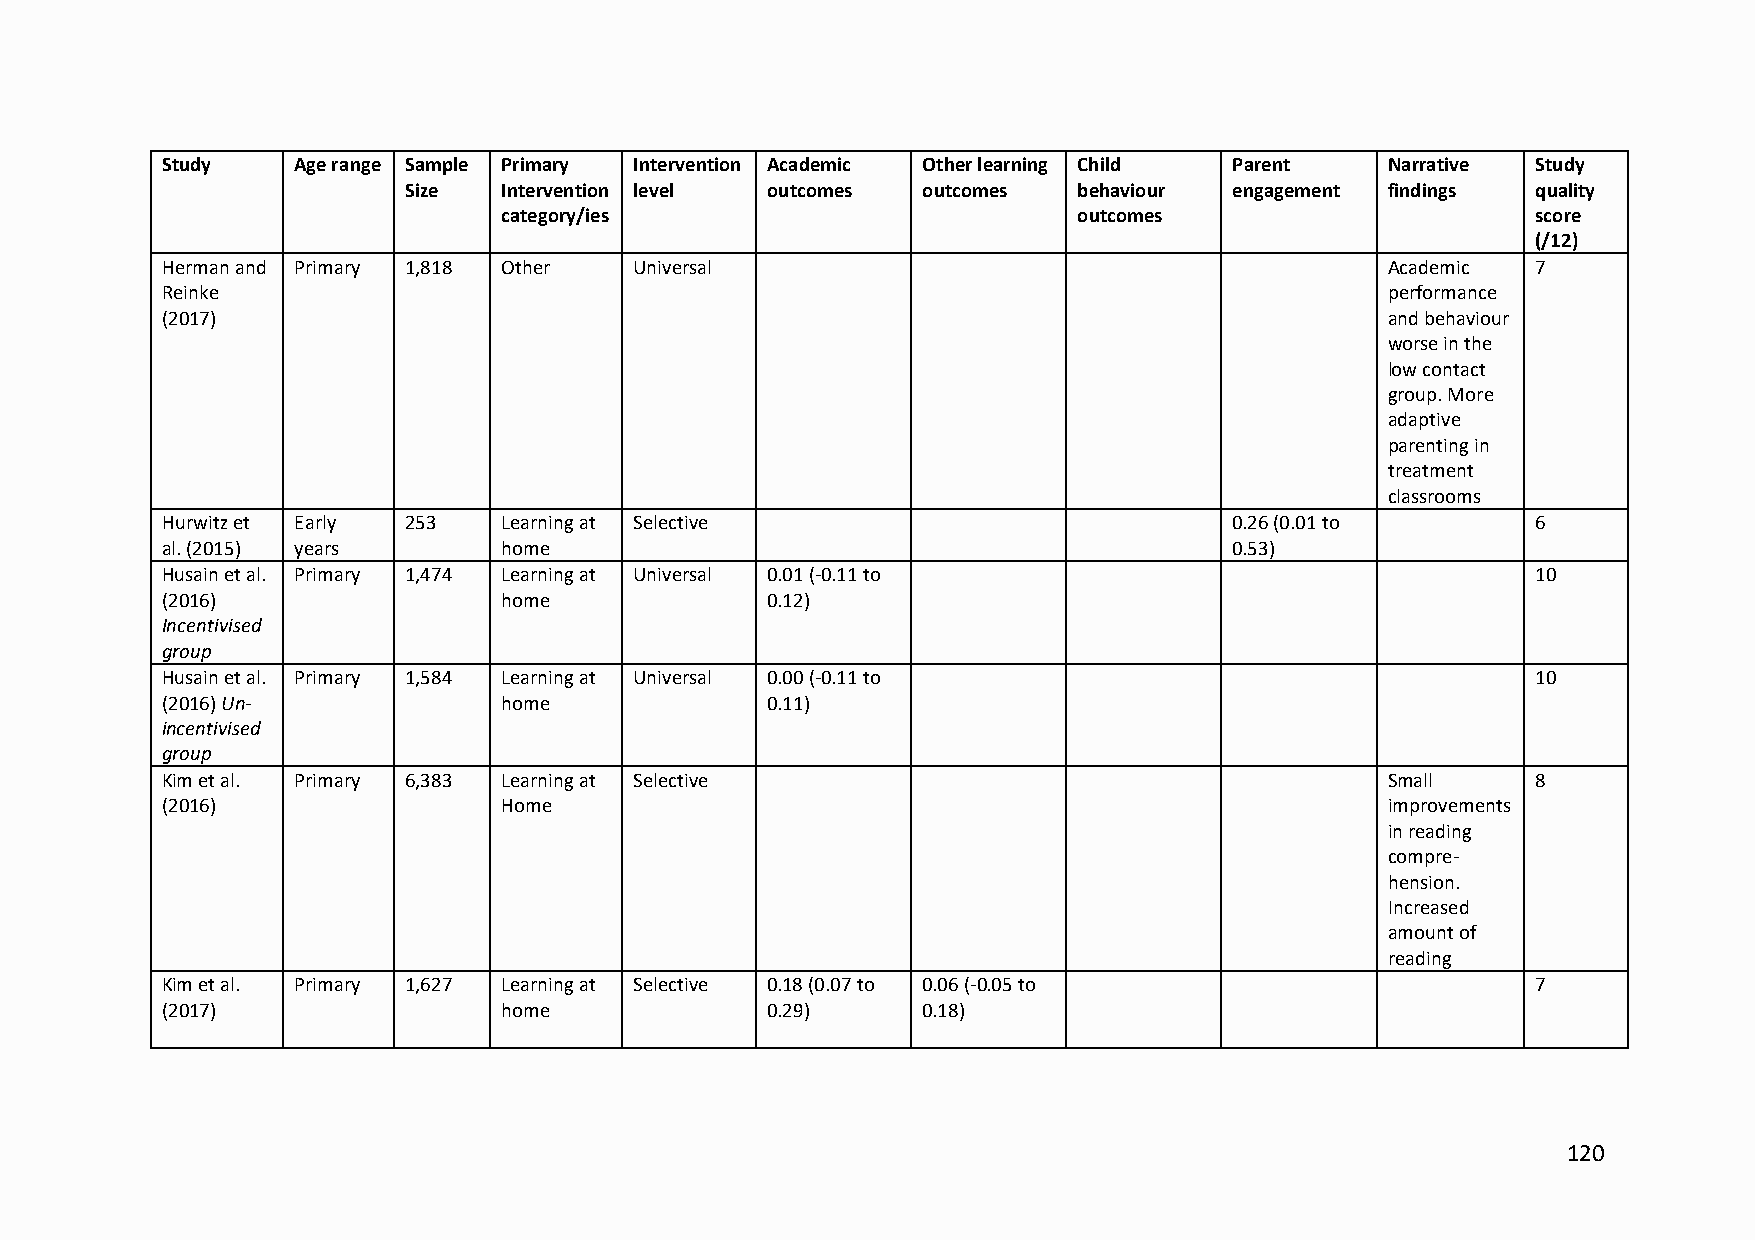
Study   Age range Sample Primary Intervention Academic Other learning Child Parent Narrative Study
 Size  Intervention level outcomes outcomes  behaviour  engagement findings quality
 category/ies                          outcomes                       score
 (/12)
 Herman and Primary 1,818 Other Universal                                         Academic  7
 Reinke                                                                           performance
 (2017)                                                                           and behaviour
 worse in the
 low contact
 group. More
 adaptive
 parenting in
 treatment
 classrooms
 Hurwitz et Early 253  Learning at Selective                            0.26 (0.01 to       6
 al. (2015) years      home                                             0.53)
 Husain et al. Primary 1,474 Learning at Universal 0.01 (-0.11 to                           10
 (2016)                home              0.12)
 Incentivised
 group
 Husain et al. Primary 1,584 Learning at Universal 0.00 (-0.11 to                           10
 (2016) Un-            home              0.11)
 incentivised
 group
 Kim et al. Primary 6,383 Learning at Selective                                   Small     8
 (2016)                Home                                                       improvements
 in reading
 compre-
 hension.
 Increased
 amount of
 reading
 Kim et al. Primary 1,627 Learning at Selective 0.18 (0.07 to 0.06 (-0.05 to                7
 (2017)                home              0.29)     0.18)
 120